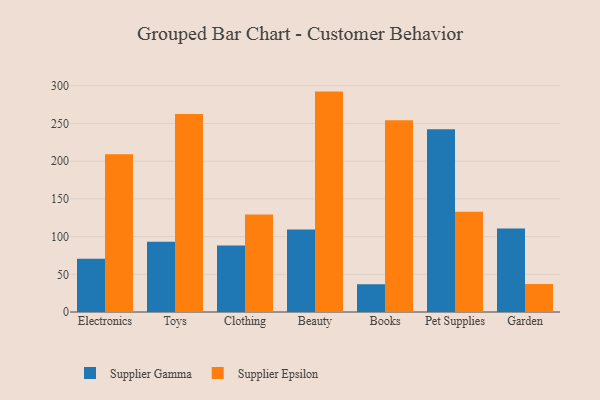
{"axis": {"x": "Category", "y": "Market Share (%)"}, "legend": ["Supplier Epsilon", "Supplier Gamma"], "data": [{"x": "Electronics", "y": 70.5, "type": "Supplier Gamma"}, {"x": "Electronics", "y": 209.1, "type": "Supplier Epsilon"}, {"x": "Toys", "y": 93.3, "type": "Supplier Gamma"}, {"x": "Toys", "y": 262.6, "type": "Supplier Epsilon"}, {"x": "Clothing", "y": 88.1, "type": "Supplier Gamma"}, {"x": "Clothing", "y": 129.4, "type": "Supplier Epsilon"}, {"x": "Beauty", "y": 109.5, "type": "Supplier Gamma"}, {"x": "Beauty", "y": 292.3, "type": "Supplier Epsilon"}, {"x": "Books", "y": 36.8, "type": "Supplier Gamma"}, {"x": "Books", "y": 254.3, "type": "Supplier Epsilon"}, {"x": "Pet Supplies", "y": 242.4, "type": "Supplier Gamma"}, {"x": "Pet Supplies", "y": 132.8, "type": "Supplier Epsilon"}, {"x": "Garden", "y": 110.8, "type": "Supplier Gamma"}, {"x": "Garden", "y": 37.1, "type": "Supplier Epsilon"}]}